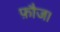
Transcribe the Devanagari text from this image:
फ़ौज।